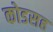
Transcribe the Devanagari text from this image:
कोडसह